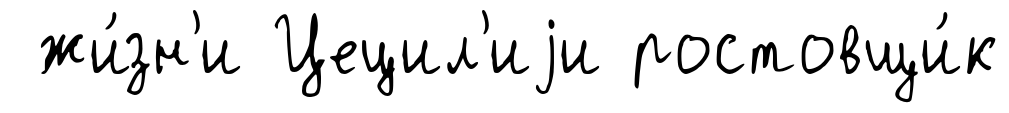
жи́зн'и Цецил'иjи ростовщи́к